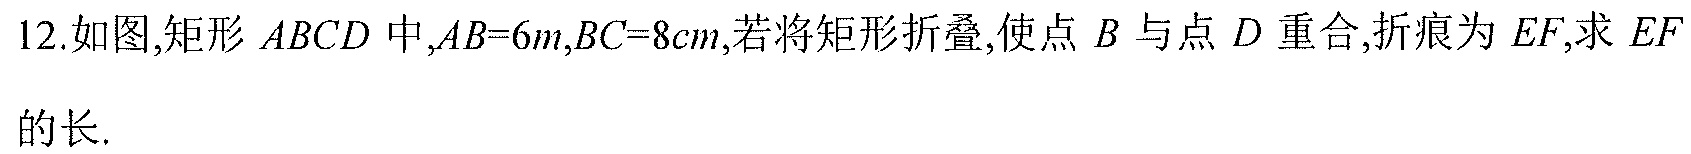
12.如图,矩形 \(ABCD\) 中,\(AB = 6m\),\(BC = 8cm\),若将矩形折叠,使点 \(B\) 与点 \(D\) 重合,折痕为 \(EF\),求 \(EF\)的长.